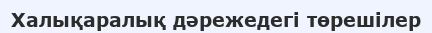
Халықаралық дәрежедегі төрешілер